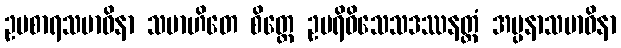
ဥပစာရသမာဓိနာ သမာဟိတေ စိတ္တေ ဥပရိဝိသေသဒဿနတ္ထံ အပ္ပနာသမာဓိနာ